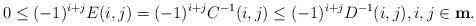
LaTeX: \begin{align*}0\leq (-1)^{i+j} E(i,j) = (-1)^{i+j} C^{-1}(i,j) \leq(-1)^{i+j}D^{-1}(i,j),i,j\in {\bf m}.\end{align*}